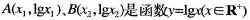
A(x_{1}，lgx_{1})、B(x_{2}，lgx_{2})是函数$$y = lgx ( x \in R ^ { + } )$$